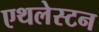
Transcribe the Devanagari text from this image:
एथलेस्टन